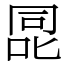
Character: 㖯